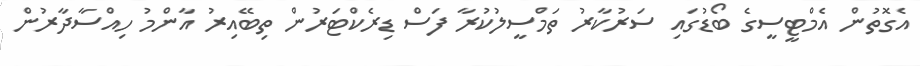
އެގޮތުން އެމްޓީސީގެ ބޯޑުގައި ސަރުކާރު ތަމްސީލުކުރާ ފަސް ޑިރެކްޓަރުން ތިބޭއިރު އާންމު ހިއްސާދާރުން